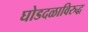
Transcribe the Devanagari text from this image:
घोडदळाविरुद्ध